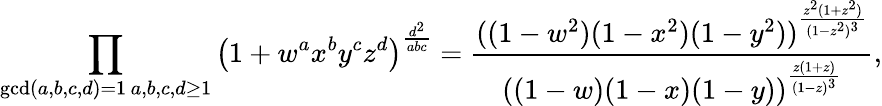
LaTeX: \prod_{\substack{\operatorname*{gcd}(a,b,c,d)=1\, a,b,c,d\geq 1}}\left(1+w^{a}x^{b}y^{c}z^{d}\right)^{\frac{d^{2}}{abc}}=\frac{((1-w^{2})(1-x^{2})(1-y^{2}))^{\frac{z^{2}(1+z^{2})}{(1-z^{2})^{3}}}}{((1-w)(1-x)(1-y))^{\frac{z(1+z)}{(1-z)^{3}}}},